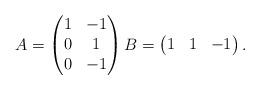
LaTeX: \begin{align*}A = \begin{pmatrix}1 & -1\\0 & 1\\0& - 1\end{pmatrix} B = \begin{pmatrix}1&1&-1\end{pmatrix}.\end{align*}